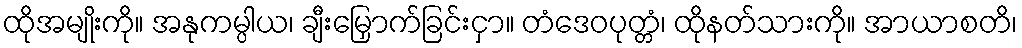
ထိုအမျိုးကို။ အနုကမ္ပါယ၊ ချီးမြှောက်ခြင်းငှာ။ တံဒေဝပုတ္တံ၊ ထိုနတ်သားကို။ အာယာစတိ၊